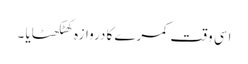
اسی وقت کمرے کا دروازہ کھٹکھٹایا ۔